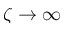
\zeta \to \infty